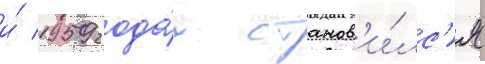
и́ 1959 года́х станов'и́лс'я